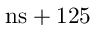
\mathrm { n s } + 1 2 5